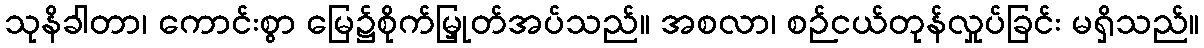
သုနိခါတာ၊ ကောင်းစွာ မြေ၌စိုက်မြှုတ်အပ်သည်။ အစလာ၊ စဉ်ငယ်တုန်လှုပ်ခြင်း မရှိသည်။